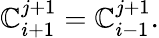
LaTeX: \mathbb{C}_{i+1}^{j+1}=\mathbb{C}_{i-1}^{j+1}.